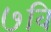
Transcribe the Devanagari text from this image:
७वि